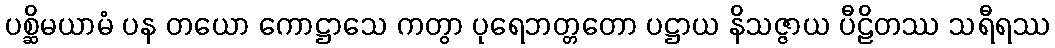
ပစ္ဆိမယာမံ ပန တယော ကောဋ္ဌာသေ ကတွာ ပုရေဘတ္တတော ပဋ္ဌာယ နိသဇ္ဇာယ ပီဠိတဿ သရီရဿ